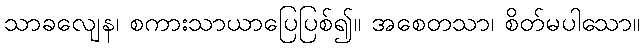
သာခလျေန၊ စကားသာယာပြေပြစ်၍။ အစေတသာ၊ စိတ်မပါသော။